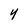
Character: 4